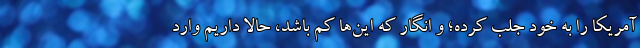
آمریکا را به خود جلب کرده؛ و انگار که این‌ها کم باشد، حالا داریم وارد